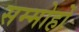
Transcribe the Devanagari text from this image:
सम्मोहों